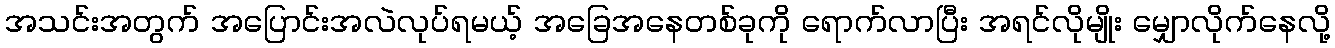
အသင်းအတွက် အပြောင်းအလဲလုပ်ရမယ့် အခြေအနေတစ်ခုကို ရောက်လာပြီး အရင်လိုမျိုး မျှောလိုက်နေလို့